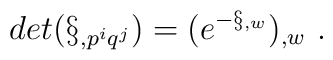
det ( \S_{,p^{i}q^{j}} ) = (e^{-\S _{,w}})_{,w} \ .